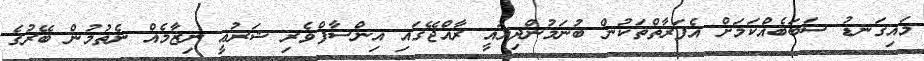
މައިގަނޑު ސަބަބެއްކަމަށް އެފަރާތްތަކުން ބުނަމުންދިޔައީ ރާއްޖޭގައި އިންސާފްވެރި ޝަރުޢީ ނިޒާމެއް ނެތުމުން ބޭރުގެ